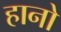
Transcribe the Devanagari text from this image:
हानो